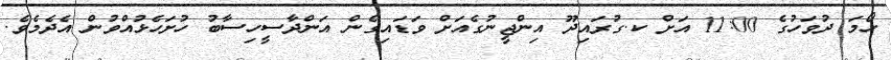
ހޯމަ ދުވަހުގެ 11:00 އަށް ކ.ގުރައިދޫ އިންޖީނުގެއަށް ވަޑައިގެން އަންދާސީހިސާބު ހުށަހެޅުއްވުން އެދެމެވެ.